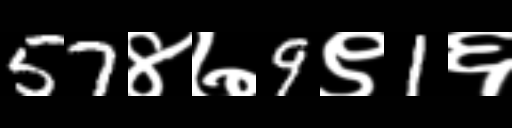
Text: 57४७9९1६